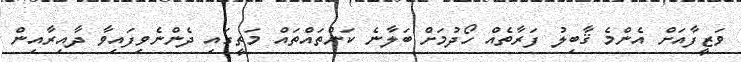
ވަޒީފާއަށް އެންމެ ޤާބިލު ފަރާތެއް ހޯދުމަށް ބަލާނެ ކަންތައްތައް މަތީގައި ދެންނެވިފައިވާ ދާއިރާއިން